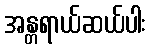
အန္တရာယ်ဆယ်ပါး